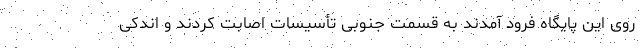
روی این پایگاه فرود آمدند به قسمت جنوبی تأسیسات اصابت کردند و اندکی